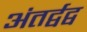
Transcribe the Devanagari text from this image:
अंतर्द्वद्व